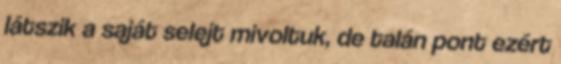
látszik a saját selejt mivoltuk, de talán pont ezért